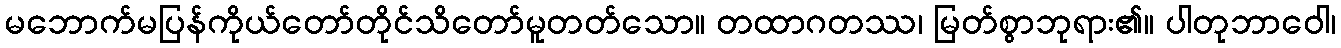
မဘောက်မပြန်ကိုယ်တော်တိုင်သိတော်မူတတ်သော။ တထာဂတဿ၊ မြတ်စွာဘုရား၏။ ပါတုဘာဝေါ၊